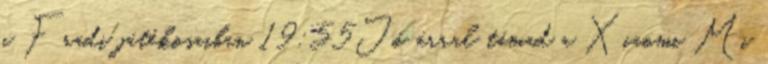
a Fradi játékosaiban 19:55Jó árral támad a Xiaomi Mi